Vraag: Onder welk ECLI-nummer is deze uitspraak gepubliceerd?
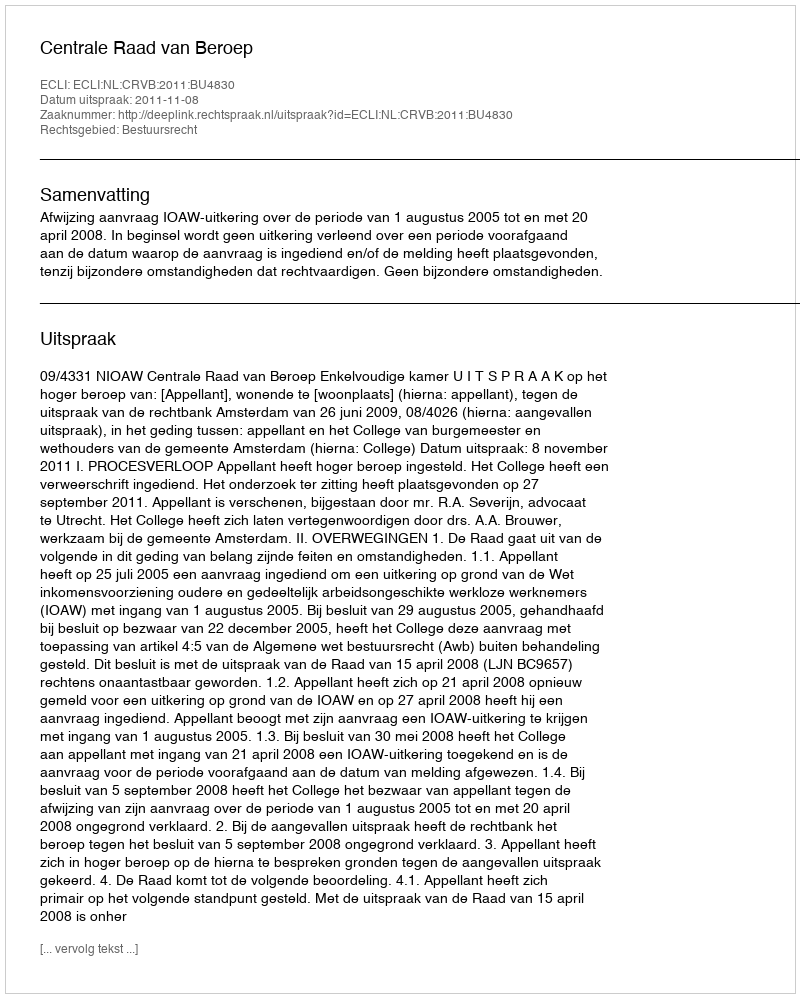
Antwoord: ECLI:NL:CRVB:2011:BU4830